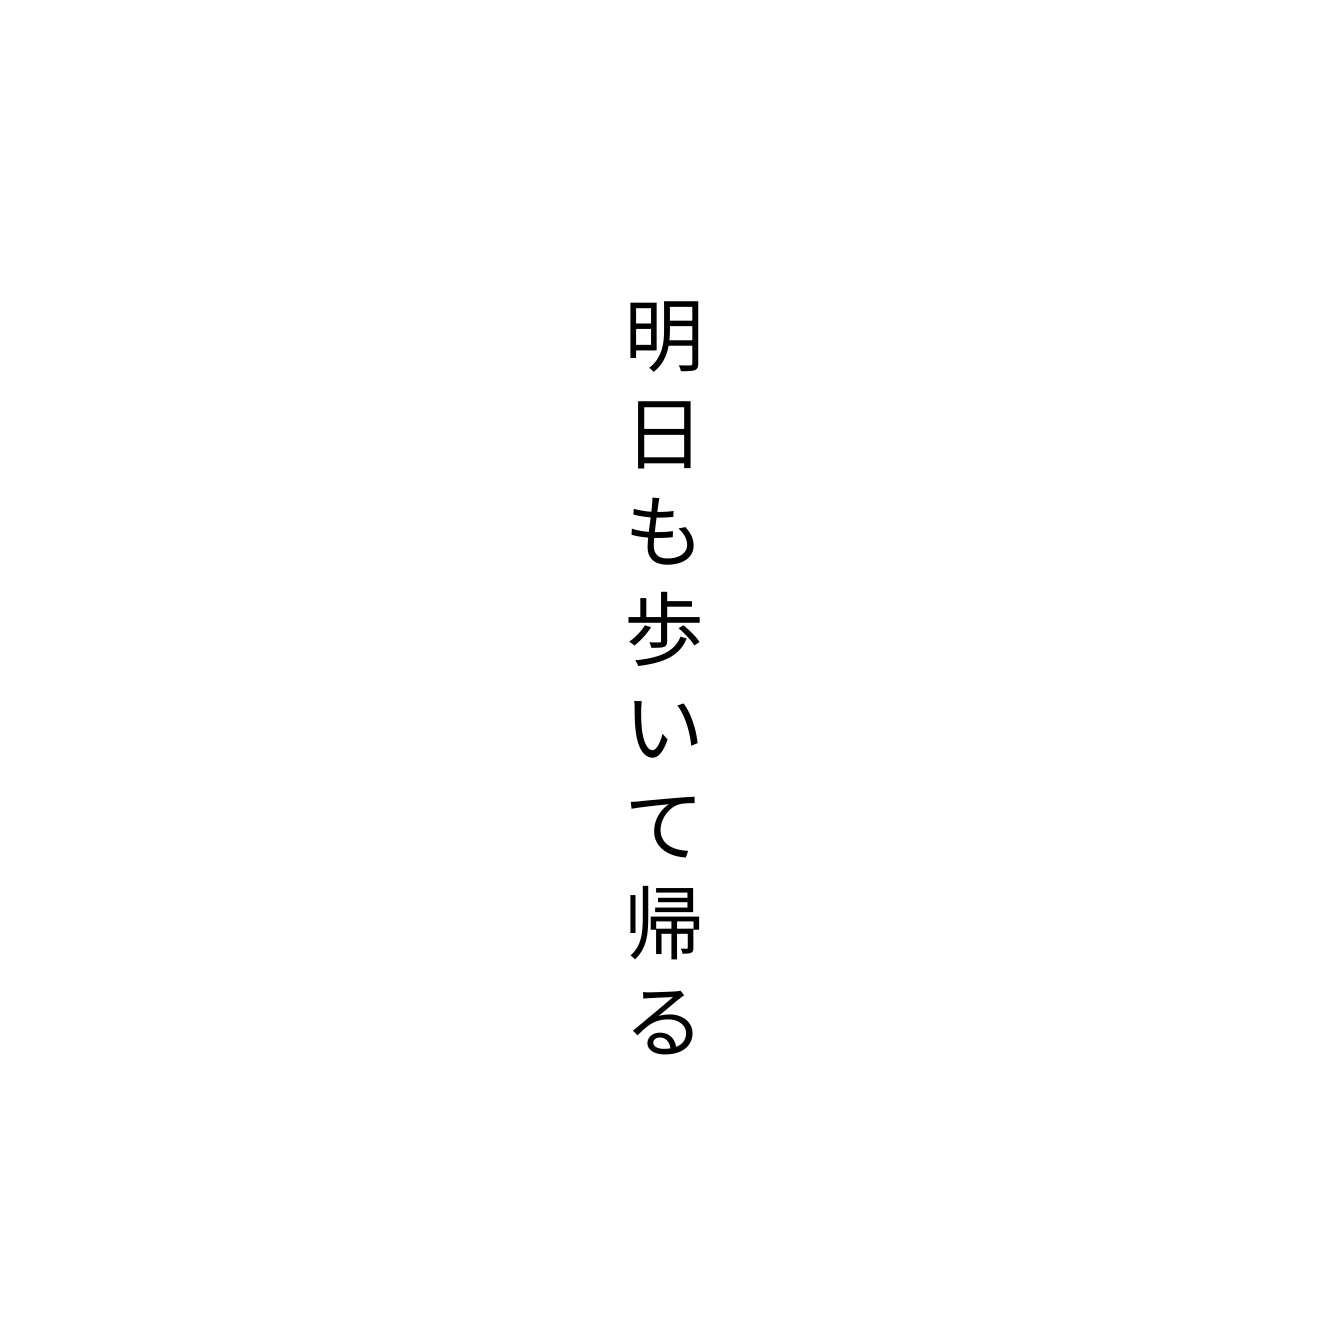
明日も歩いて帰る